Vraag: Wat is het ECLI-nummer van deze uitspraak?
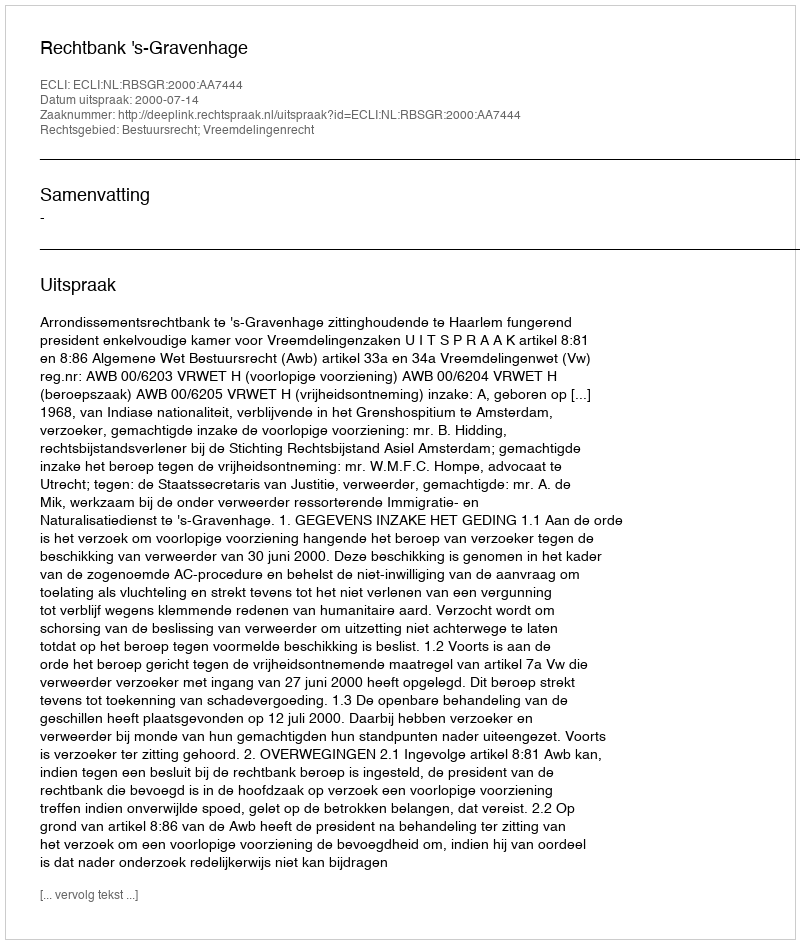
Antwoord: ECLI:NL:RBSGR:2000:AA7444